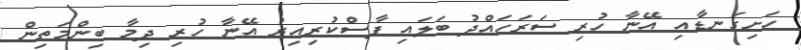
ހަށިގަނޑާއި އޭނާ ހުރި ސަރަހައްދު ބަލައި ފާސްކުރިއިރު އޭނާ ހުރި ދިމާ ބިންމަތިން